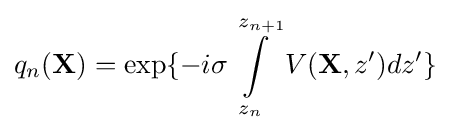
{\begin{aligned}q_{n}({\mathbf {X} })=\exp\{-i\sigma \int \limits _{z_{n}}^{z_{n+1}}V({\mathbf {X} },z')dz'\}\end{aligned}}